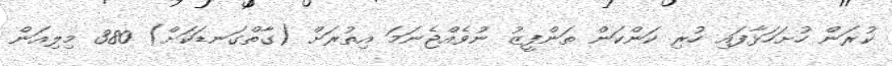
ކުރަން ހުށަހަޅާފައި ހުރި ކަންކަން ތަންފީޒު ނުވެއްޖެނަމަ އިތުރަށް (ގާތްގަނޑަކަށް) 380 މިލިއަން